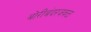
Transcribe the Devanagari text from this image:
बोरीबंदरजवळ